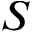
S